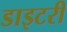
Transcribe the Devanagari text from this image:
डाइटरी